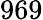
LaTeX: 969